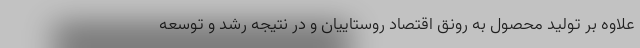
علاوه بر تولید محصول به رونق اقتصاد روستاییان و در نتیجه رشد و توسعه